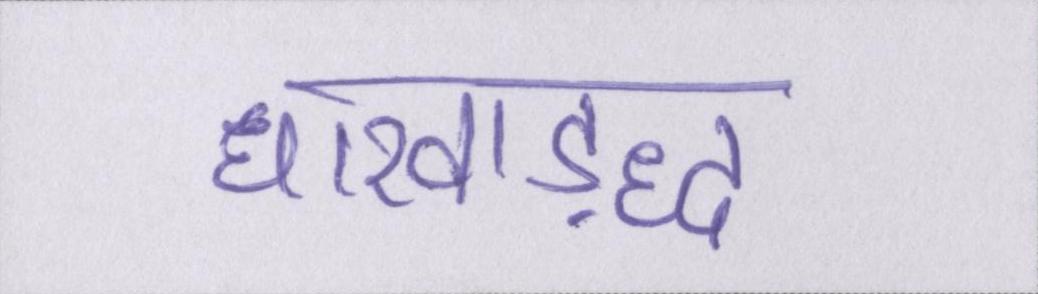
धारवाड़द्ध